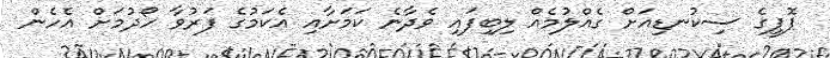
ޕޮޕީގެ ސިކުނޑިއަށް ގެއްލުމެއް ލިބިފައި ވެދާނެ ކަމަށާއި އެކަމުގެ ފަރުވާ ހޯދުމަށް އެހެން